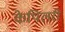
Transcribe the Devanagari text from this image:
केपिलरी